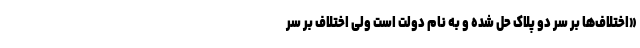
«اختلاف‌ها بر سر دو پلاک حل شده و به نام دولت است ولی اختلاف بر سر